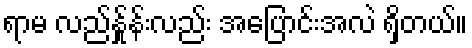
ရာမ လည်န်ှုန်းလည်း အပြောင်းအလဲ ရှိတယ်။